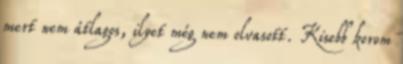
mert nem átlagos, ilyet még nem olvasott. Kisebb korom